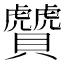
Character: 𧹂